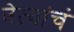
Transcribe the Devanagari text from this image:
नेत्यांचं